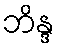
ဘိန္ဒ